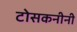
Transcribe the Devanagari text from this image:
टोसकनीनी